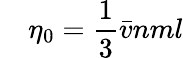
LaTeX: \quad\eta_{0}={\frac{1}{3}}{\bar{v}}nml